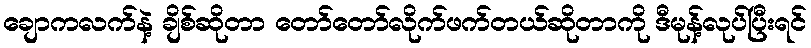
ချောကလက်နဲ့ ချိစ်ဆိုတာ တော်တော်လိုက်ဖက်တယ်ဆိုတာကို ဒီမုန့်လုပ်ပြီးရင်